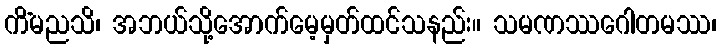
ကိံမညသိ၊ အဘယ်သို့အောက်မေ့မှတ်ထင်သနည်း။ သမဏဿဂေါတမဿ၊